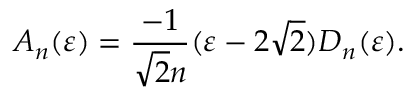
A _ { n } ( \varepsilon ) = \frac { - 1 } { \sqrt { 2 } n } ( \varepsilon - 2 \sqrt { 2 } ) D _ { n } ( \varepsilon ) .